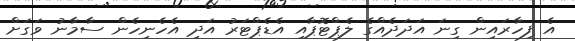
އެ ފިހާރައިން ގިނަ އަދަދެއްގެ ލެޕްޓޮޕާއި އެޑެޕްޓަރު އަދި އެހެނިހެން ސާމާނު ވަގަށް